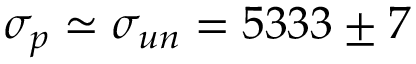
\sigma _ { p } \simeq \sigma _ { u n } = 5 3 3 3 \pm 7